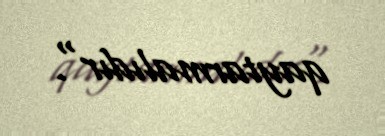
qaytarmalıdır".